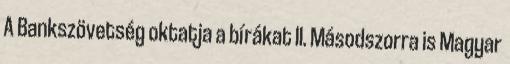
A Bankszövetség oktatja a bírákat II. Másodszorra is Magyar